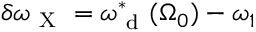
\delta \omega _ { \mathrm { ~ X ~ } } = \omega _ { \mathrm { ~ d ~ } } ^ { * } ( \Omega _ { 0 } ) - \omega _ { 1 }